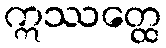
ဣဿတ္ထေ